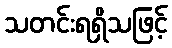
သတင်းရရှိသဖြင့်